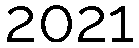
2021